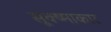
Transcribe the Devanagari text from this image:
सूक्ष्माकार